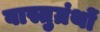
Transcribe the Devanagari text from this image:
वास्तुग्रंथों